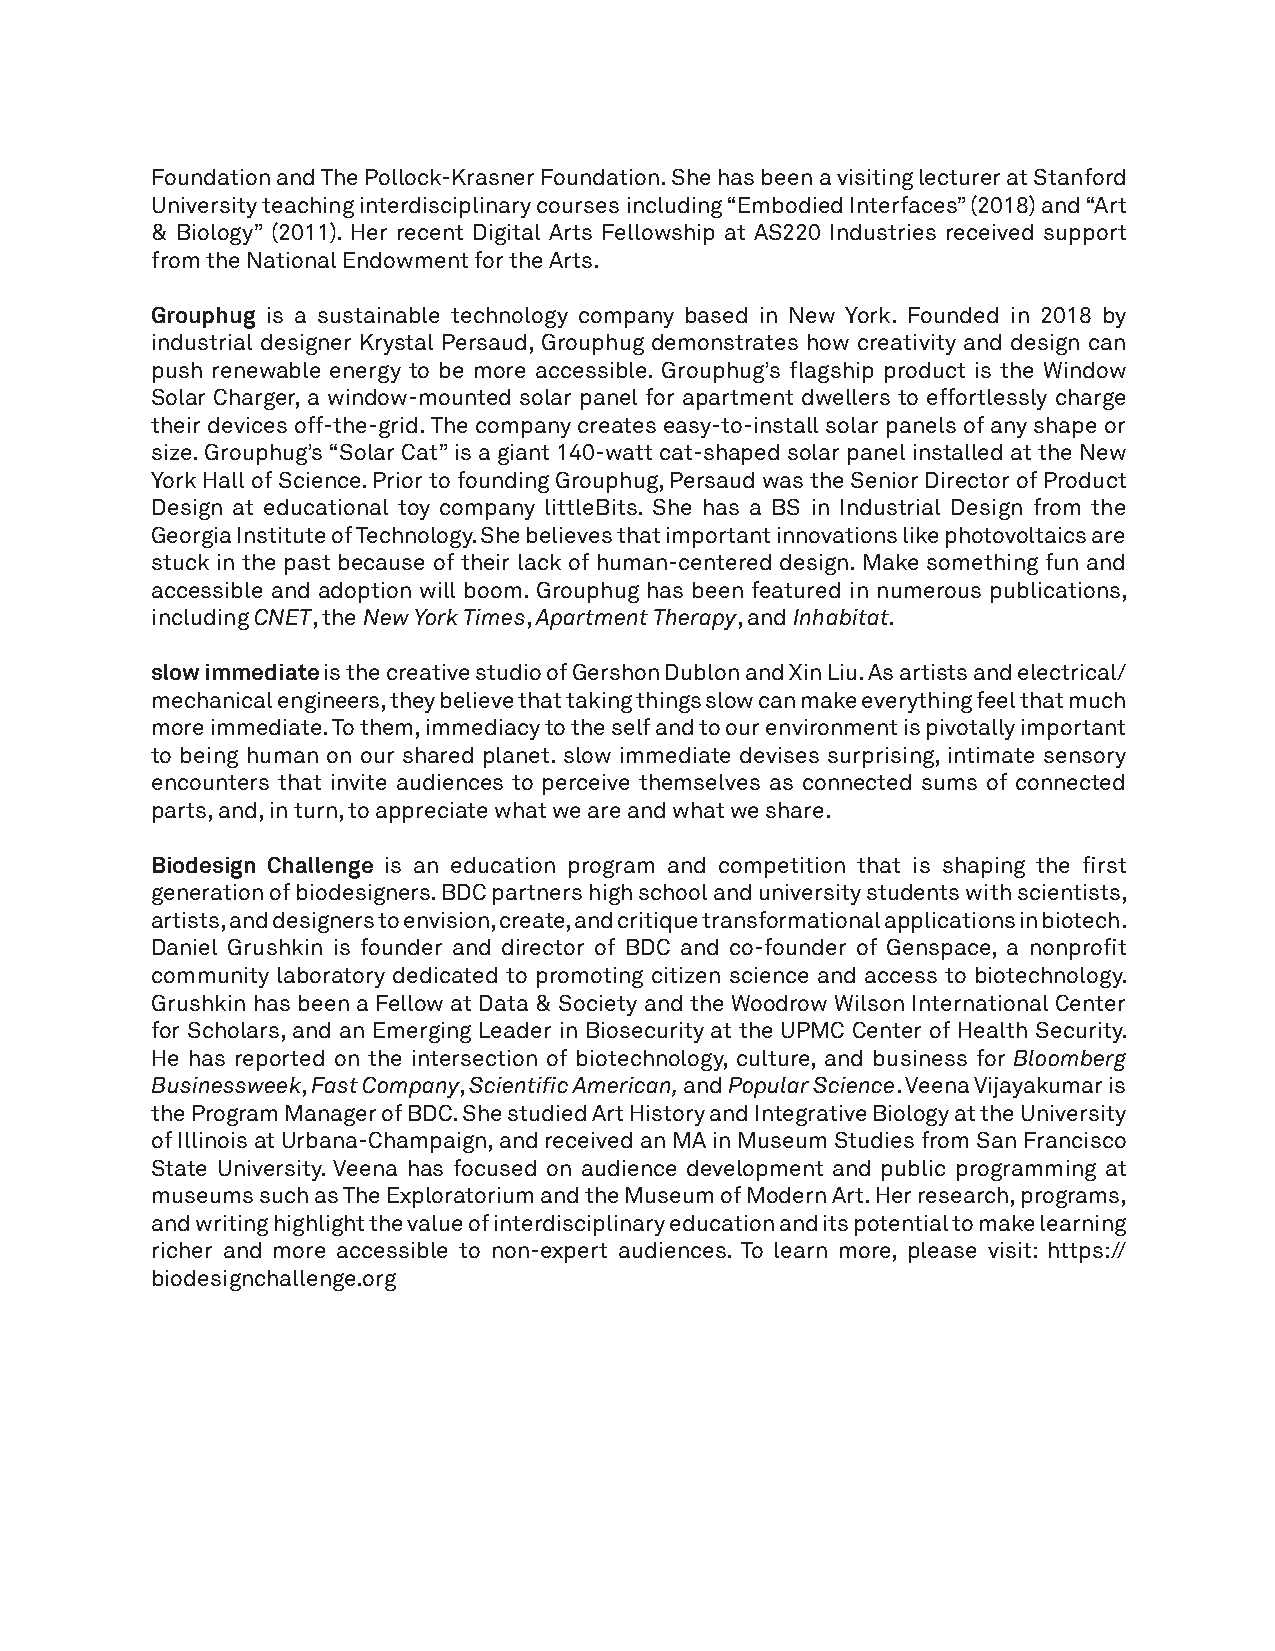
Foundation and The Pollock-Krasner Foundation. She has been a visiting lecturer at Stanford
 University teaching interdisciplinary courses including “Embodied Interfaces” (2018) and “Art
 & Biology” (2011). Her recent Digital Arts Fellowship at AS220 Industries received support
 from the National Endowment for the Arts.
 Grouphug is a sustainable technology company based in New York. Founded in 2018 by
 industrial designer Krystal Persaud, Grouphug demonstrates how creativity and design can
 push renewable energy to be more accessible. Grouphug’s flagship product is the Window
 Solar Charger, a window-mounted solar panel for apartment dwellers to effortlessly charge
 their devices off-the-grid. The company creates easy-to-install solar panels of any shape or
 size. Grouphug’s “Solar Cat” is a giant 140-watt cat-shaped solar panel installed at the New
 York Hall of Science. Prior to founding Grouphug, Persaud was the Senior Director of Product
 Design at educational toy company littleBits. She has a BS in Industrial Design from the
 Georgia Institute of Technology. She believes that important innovations like photovoltaics are
 stuck in the past because of their lack of human-centered design. Make something fun and
 accessible and adoption will boom. Grouphug has been featured in numerous publications,
 including CNET, the New York Times, Apartment Therapy, and Inhabitat.
 slow immediate is the creative studio of Gershon Dublon and Xin Liu. As artists and electrical/
 mechanical engineers, they believe that taking things slow can make everything feel that much
 more immediate. To them, immediacy to the self and to our environment is pivotally important
 to being human on our shared planet. slow immediate devises surprising, intimate sensory
 encounters that invite audiences to perceive themselves as connected sums of connected
 parts, and, in turn, to appreciate what we are and what we share.
 Biodesign Challenge is an education program and competition that is shaping the first
 generation of biodesigners. BDC partners high school and university students with scientists,
 artists, and designers to envision, create, and critique transformational applications in biotech.
 Daniel Grushkin is founder and director of BDC and co-founder of Genspace, a nonprofit
 community laboratory dedicated to promoting citizen science and access to biotechnology.
 Grushkin has been a Fellow at Data & Society and the Woodrow Wilson International Center
 for Scholars, and an Emerging Leader in Biosecurity at the UPMC Center of Health Security.
 He has reported on the intersection of biotechnology, culture, and business for Bloomberg
 Businessweek, Fast Company, Scientific American, and Popular Science. Veena Vijayakumar is
 the Program Manager of BDC. She studied Art History and Integrative Biology at the University
 of Illinois at Urbana-Champaign, and received an MA in Museum Studies from San Francisco
 State University. Veena has focused on audience development and public programming at
 museums such as The Exploratorium and the Museum of Modern Art. Her research, programs,
 and writing highlight the value of interdisciplinary education and its potential to make learning
 richer and more accessible to non-expert audiences. To learn more, please visit: https://
 biodesignchallenge.org